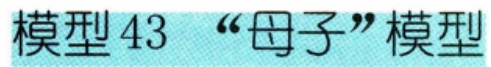
模型43 “母子”模型